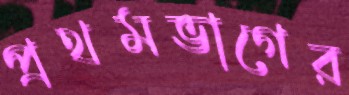
প্রথমভাগের